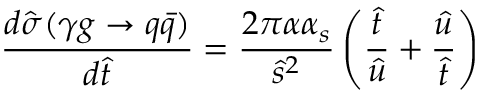
\frac { d \hat { \sigma } ( \gamma g \rightarrow q \bar { q } ) } { d \hat { t } } = \frac { 2 \pi \alpha \alpha _ { s } } { \hat { s } ^ { 2 } } \left( \frac { \hat { t } } { \hat { u } } + \frac { \hat { u } } { \hat { t } } \right)